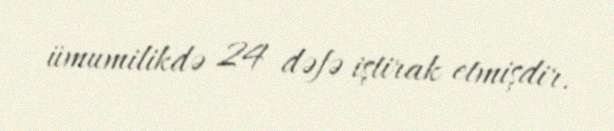
ümumilikdə 24 dəfə iştirak etmişdir.